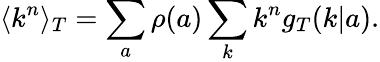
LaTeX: \langle k^{n}\rangle_{T}=\sum_{a}\rho(a)\sum_{k}k^{n}g_{T}(k|a).